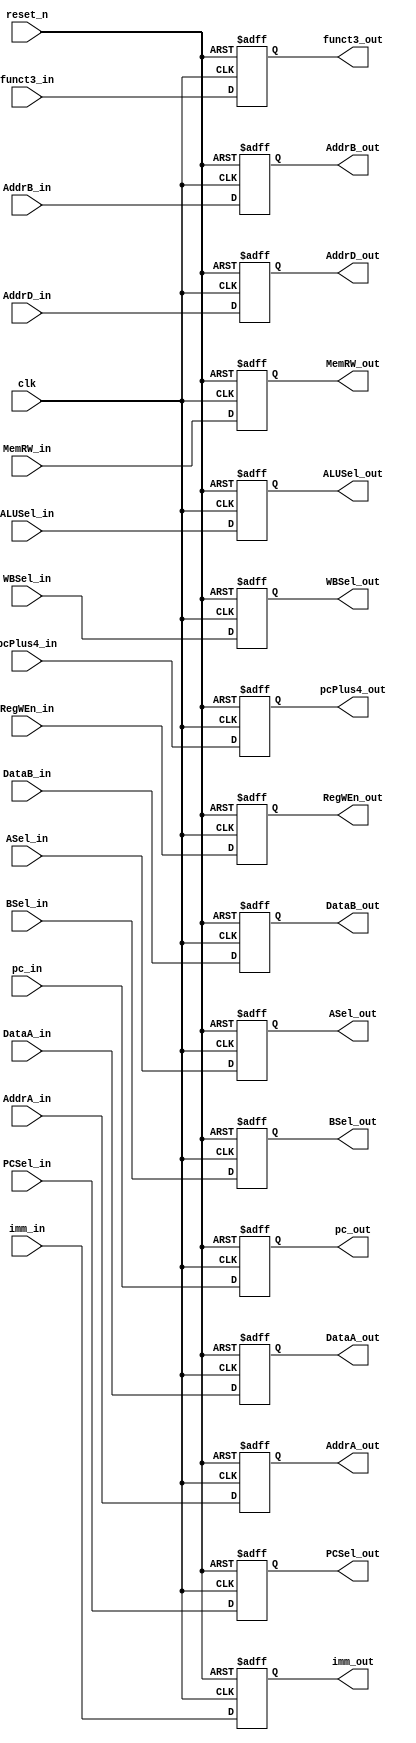
`timescale 1ns / 1ps
module ID_EX(
    input               clk, reset_n,
    input [31:0]        pc_in, pcPlus4_in,
    input [31:0]        DataA_in, DataB_in, 
    input [4:0]         AddrA_in, AddrB_in, AddrD_in,
    input [31:0]        imm_in, 
    input               PCSel_in, RegWEn_in,
    input               ASel_in, BSel_in,
    input [3:0]         ALUSel_in,
    input               MemRW_in, 
    input [1:0]         WBSel_in,
    input [2:0]         funct3_in,
    output reg [31:0]   pc_out, pcPlus4_out,
    output reg [31:0]   DataA_out, DataB_out,
    output reg [4:0]    AddrA_out, AddrB_out, AddrD_out,
    output reg [31:0]   imm_out, 
    output reg          PCSel_out, RegWEn_out,
    output reg          ASel_out, BSel_out,
    output reg [3:0]    ALUSel_out,
    output reg          MemRW_out, 
    output reg [1:0]    WBSel_out,
    output reg [2:0]    funct3_out
);
    
    wire [2:0]  wire_ImmSel;
    wire        wire_BrUn;

    always @(posedge clk or negedge reset_n) begin
        if(!reset_n) begin
            pc_out      <= 0;
            pcPlus4_out <= 0;
            DataA_out   <= 0;
            DataB_out   <= 0;
            AddrA_out   <= 0;
            AddrB_out   <= 0;
            AddrD_out   <= 0;
            imm_out     <= 0;
            PCSel_out   <= 0;
            RegWEn_out  <= 0;
            ASel_out    <= 0;
            BSel_out    <= 0;
            ALUSel_out  <= 0;
            MemRW_out   <= 0;
            WBSel_out   <= 0;
            funct3_out  <= 0;
        end
        else begin
            pc_out      <= pc_in;
            pcPlus4_out <= pcPlus4_in;
            DataA_out   <= DataA_in;
            DataB_out   <= DataB_in;
            AddrA_out   <= AddrA_in;
            AddrB_out   <= AddrB_in;
            AddrD_out   <= AddrD_in;
            imm_out     <= imm_in;
            PCSel_out   <= PCSel_in;
            RegWEn_out  <= RegWEn_in;
            ASel_out    <= ASel_in;
            BSel_out    <= BSel_in;
            ALUSel_out  <= ALUSel_in;
            MemRW_out   <= MemRW_in;
            WBSel_out   <= WBSel_in;
            funct3_out  <= funct3_in;
        end
    end
endmodule